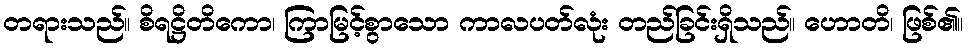
တရားသည်။ စိရဋ္ဌိတိကော၊ ကြာမြင့်စွာသော ကာလပတ်လုံး တည်ခြင်းရှိသည်။ ဟောတိ၊ ဖြစ်၏။